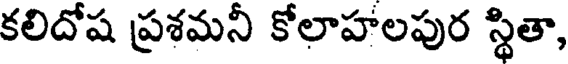
కలిదోష ప్రశమనీ కోలాహాలపుర స్థితా,